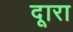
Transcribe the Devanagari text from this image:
दूारा